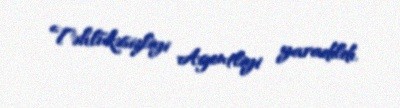
Təhlükəsizliyi Agentliyi yaradıldı.